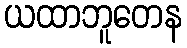
ယထာဘူတေန